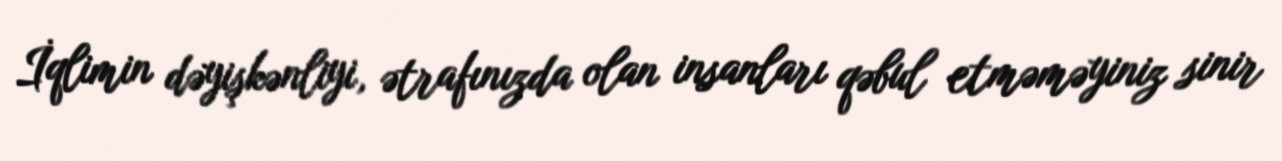
İqlimin dəyişkənliyi, ətrafınızda olan insanları qəbul etməməyiniz sinir